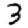
Digit: 3